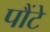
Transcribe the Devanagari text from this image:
पौंटे